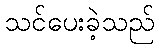
သင်ပေးခဲ့သည်